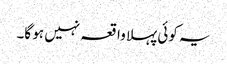
یہ کوئی پہلا واقعہ نہیں ہو گا۔